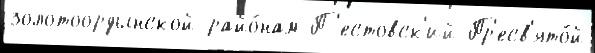
золотоордынской райо́нам П'естовск'ий Пр'есв'ято́й